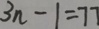
3 n - 1 = 7 7